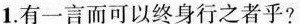
1.有一言而可以终身行之者乎?